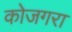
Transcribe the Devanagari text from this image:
कोजगरा